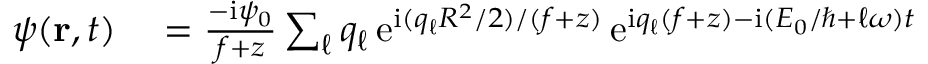
\begin{array} { r l } { \psi ( { \bf r } , t ) } & { { } = \frac { - \mathrm { i } \psi _ { 0 } } { f + z } \sum _ { \ell } q _ { \ell } \, \mathrm { e } ^ { \mathrm { i } ( q _ { \ell } R ^ { 2 } / 2 ) / ( f + z ) } \, \mathrm { e } ^ { \mathrm { i } q _ { \ell } ( f + z ) - \mathrm { i } ( E _ { 0 } / \hbar + \ell \omega ) t } } \end{array}